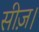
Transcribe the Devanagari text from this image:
सीज़।